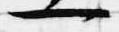
一